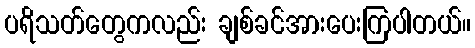
ပရိသတ်တွေကလည်း ချစ်ခင်အားပေးကြပါတယ်။